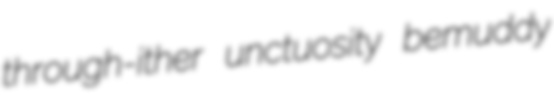
through-ither unctuosity bemuddy